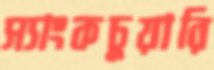
স্যাংকচুয়ারি